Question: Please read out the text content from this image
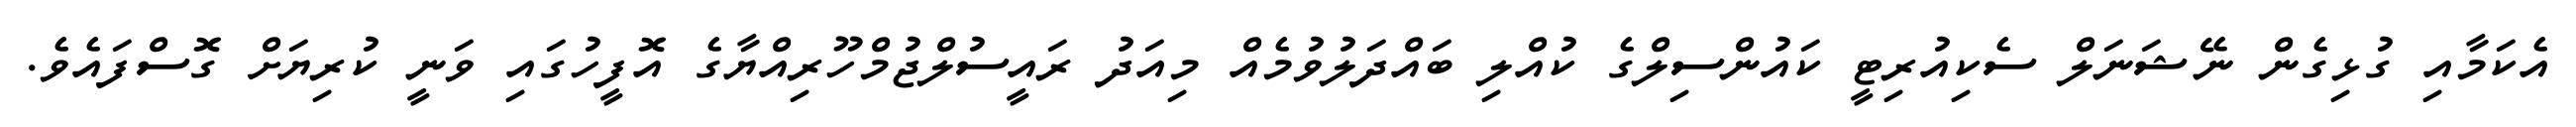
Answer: އެކަމާއި ގުޅިގެން ނޭޝަނަލް ސެކިއުރިޓީ ކައުންސިލްގެ ކުއްލި ބައްދަލުވުމެއް މިއަދު ރައީސުލްޖުމްހޫރިއްޔާގެ އޮފީހުގައި ވަނީ ކުރިޔަށް ގޮސްފައެވެ.